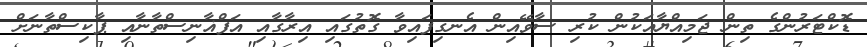
ޑޮކްޓަރުންގެ ތިން ޖަމިއްޔާއަކުން ކުރި ސާވޭއިން އެނގިފައިވާ ގޮތުގައި އިރާގާއި އަފްޣާނިސްތާނާއި ޕާކިސްތާނަށް